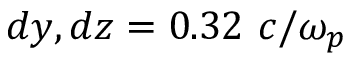
d y , d z = 0 . 3 2 ~ c / \omega _ { p }